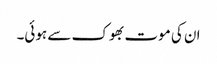
ان کی موت بھوک سے ہوئی۔